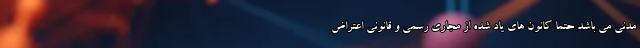
مدنی می باشد حتما کانون های یاد شده از مجاری رسمی و قانونی اعتراض